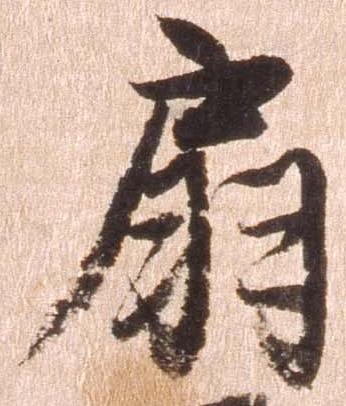
扇